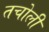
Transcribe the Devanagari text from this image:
तचोली